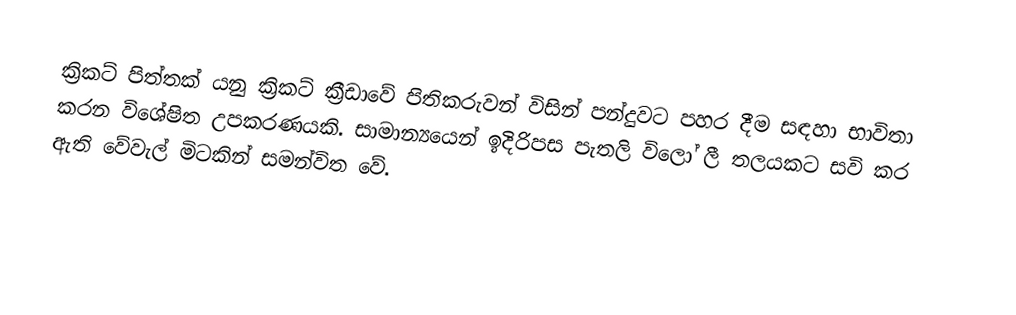
ක්‍රිකට් පිත්තක් යනු ක්‍රිකට් ක්‍රීඩාවේ පිතිකරුවන් විසින් පන්දුවට පහර දීම සඳහා භාවිතා කරන විශේෂිත උපකරණයකි. සාමාන්‍යයෙන් ඉදිරිපස පැතලි විලෝ ලී තලයකට සවි කර ඇති වේවැල් මිටකින් සමන්විත වේ.